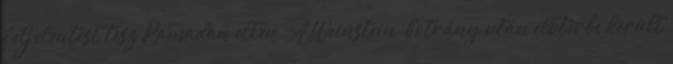
feljelentést tesz Ramadan ellen. A Weinstein-botrány után előtérbe került